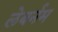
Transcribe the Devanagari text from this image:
लेबर्नम